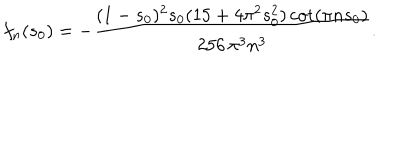
f _ { n } ( s _ { 0 } ) = - \frac { ( 1 - s _ { 0 } ) ^ { 2 } s _ { 0 } ( 1 5 + 4 \pi ^ { 2 } s _ { 0 } ^ { 2 } ) \cot ( \pi n s _ { 0 } ) } { 2 5 6 \, \pi ^ { 3 } n ^ { 3 } } .